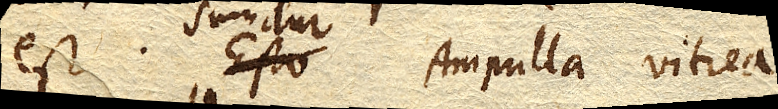
est. Esto Sumitur Ampulla vitrea